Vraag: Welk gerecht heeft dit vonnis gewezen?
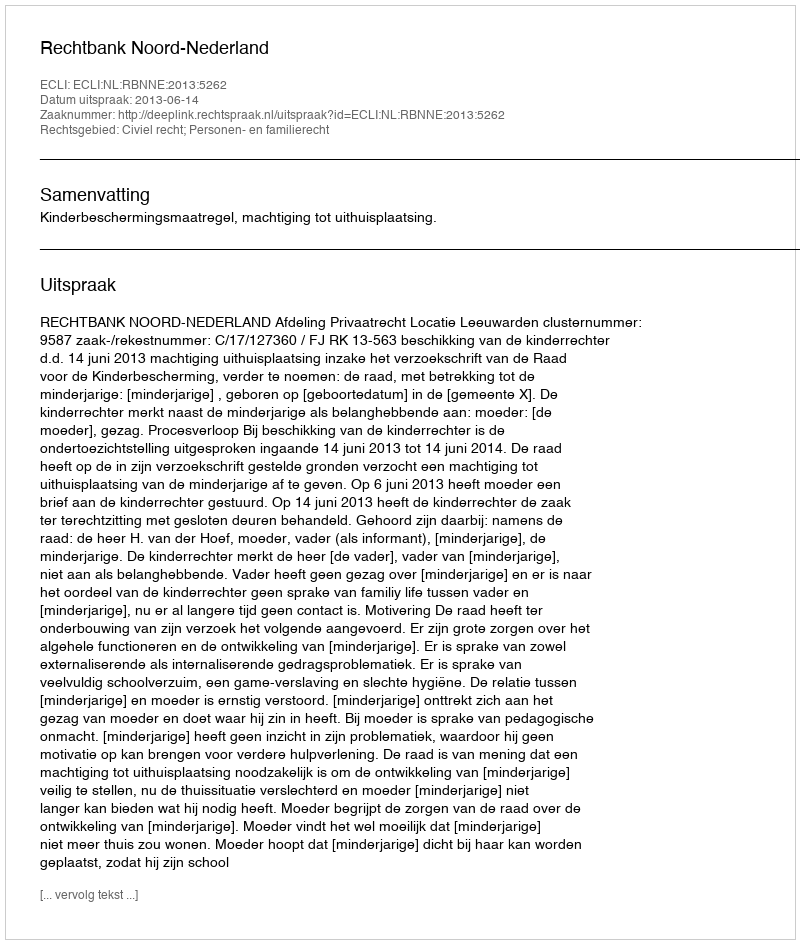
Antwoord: Rechtbank Noord-Nederland